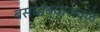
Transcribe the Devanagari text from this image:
बसथांब्याजवळ